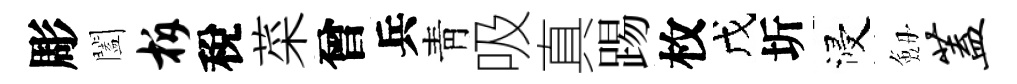
彫闔柝稅菜曾兵靑吸真踢枚戊圻浸劔盖